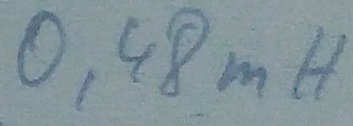
Text: 0,48mH